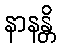
နာနန္တိ